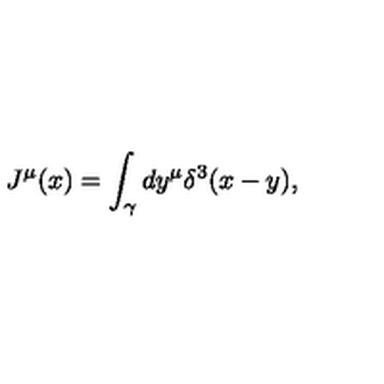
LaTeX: J ^ { \mu } ( x ) = \int _ { \gamma } d y ^ { \mu } \delta ^ { 3 } ( x - y ) ,